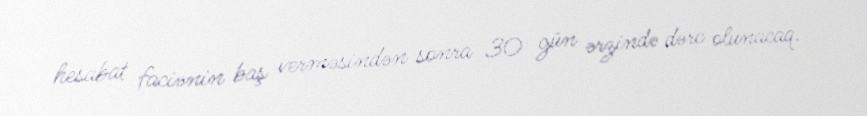
hesabat faciənin baş verməsindən sonra 30 gün ərzində dərc olunacaq.